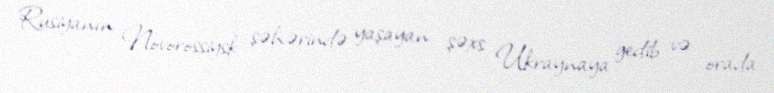
Rusiyanın Novorossiysk şəhərində yaşayan şəxs Ukraynaya gedib və orada